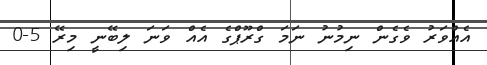
އެއްވަރު ވެގެން ނިމުނު ނަމަ ގްރޫޕްގެ އެއް ވަނަ ލިބޭނީ މިރޭ 5-0